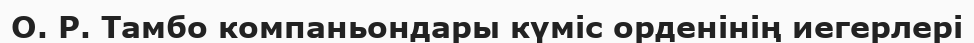
О. Р. Тамбо компаньондары күміс орденінің иегерлері